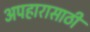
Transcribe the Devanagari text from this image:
अपहारासाठी